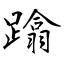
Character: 蹹